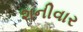
શનીવાર